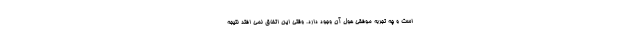
است و چه تجربه موفقی هول آن وجود دارد. وقتی این اتفاق نمی افتد نتیجه